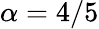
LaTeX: \alpha=4/5